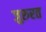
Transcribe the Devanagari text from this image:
जुरुरत